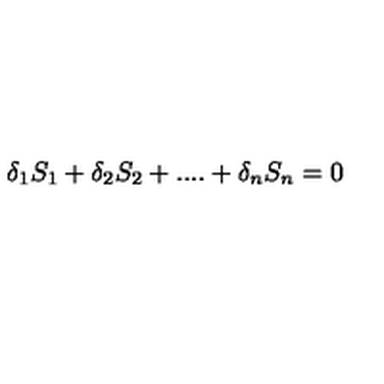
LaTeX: \delta _ { 1 } S _ { 1 } + \delta _ { 2 } S _ { 2 } + . . . . + \delta _ { n } S _ { n } = 0